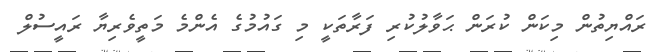
ރައްޔިތުން މިކަން ކުރަން ޙަވާލުކުރި ފަރާތަކީ މި ގައުމުގެ އެންމެ މަތީވެރިޔާ ރައީސުލް